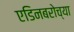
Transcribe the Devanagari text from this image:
एडिनबरोच्या